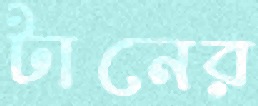
টানের